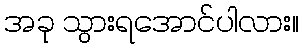
အခု သွားရအောင်ပါလား။